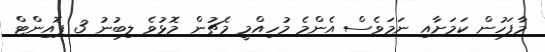
މާފަހުން ކަމަށާއި ނަމަވެސް އެންމެ މުހިއްމީ މެޗުން މޮޅުވެ ލިބުނު 3 ޕޮއިންޓް